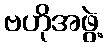
ဗဟိုအဖွဲ့